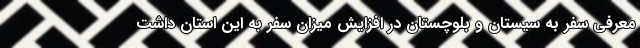
معرفی سفر به سیستان و بلوچستان در افزایش میزان سفر به این استان داشت